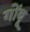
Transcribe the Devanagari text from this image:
गोंबू